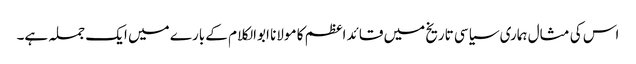
اس کی مثال ہماری سیاسی تاریخ میں قائد اعظم کا مولانا ابوالکلام کے بارے میں ایک جملہ ہے۔